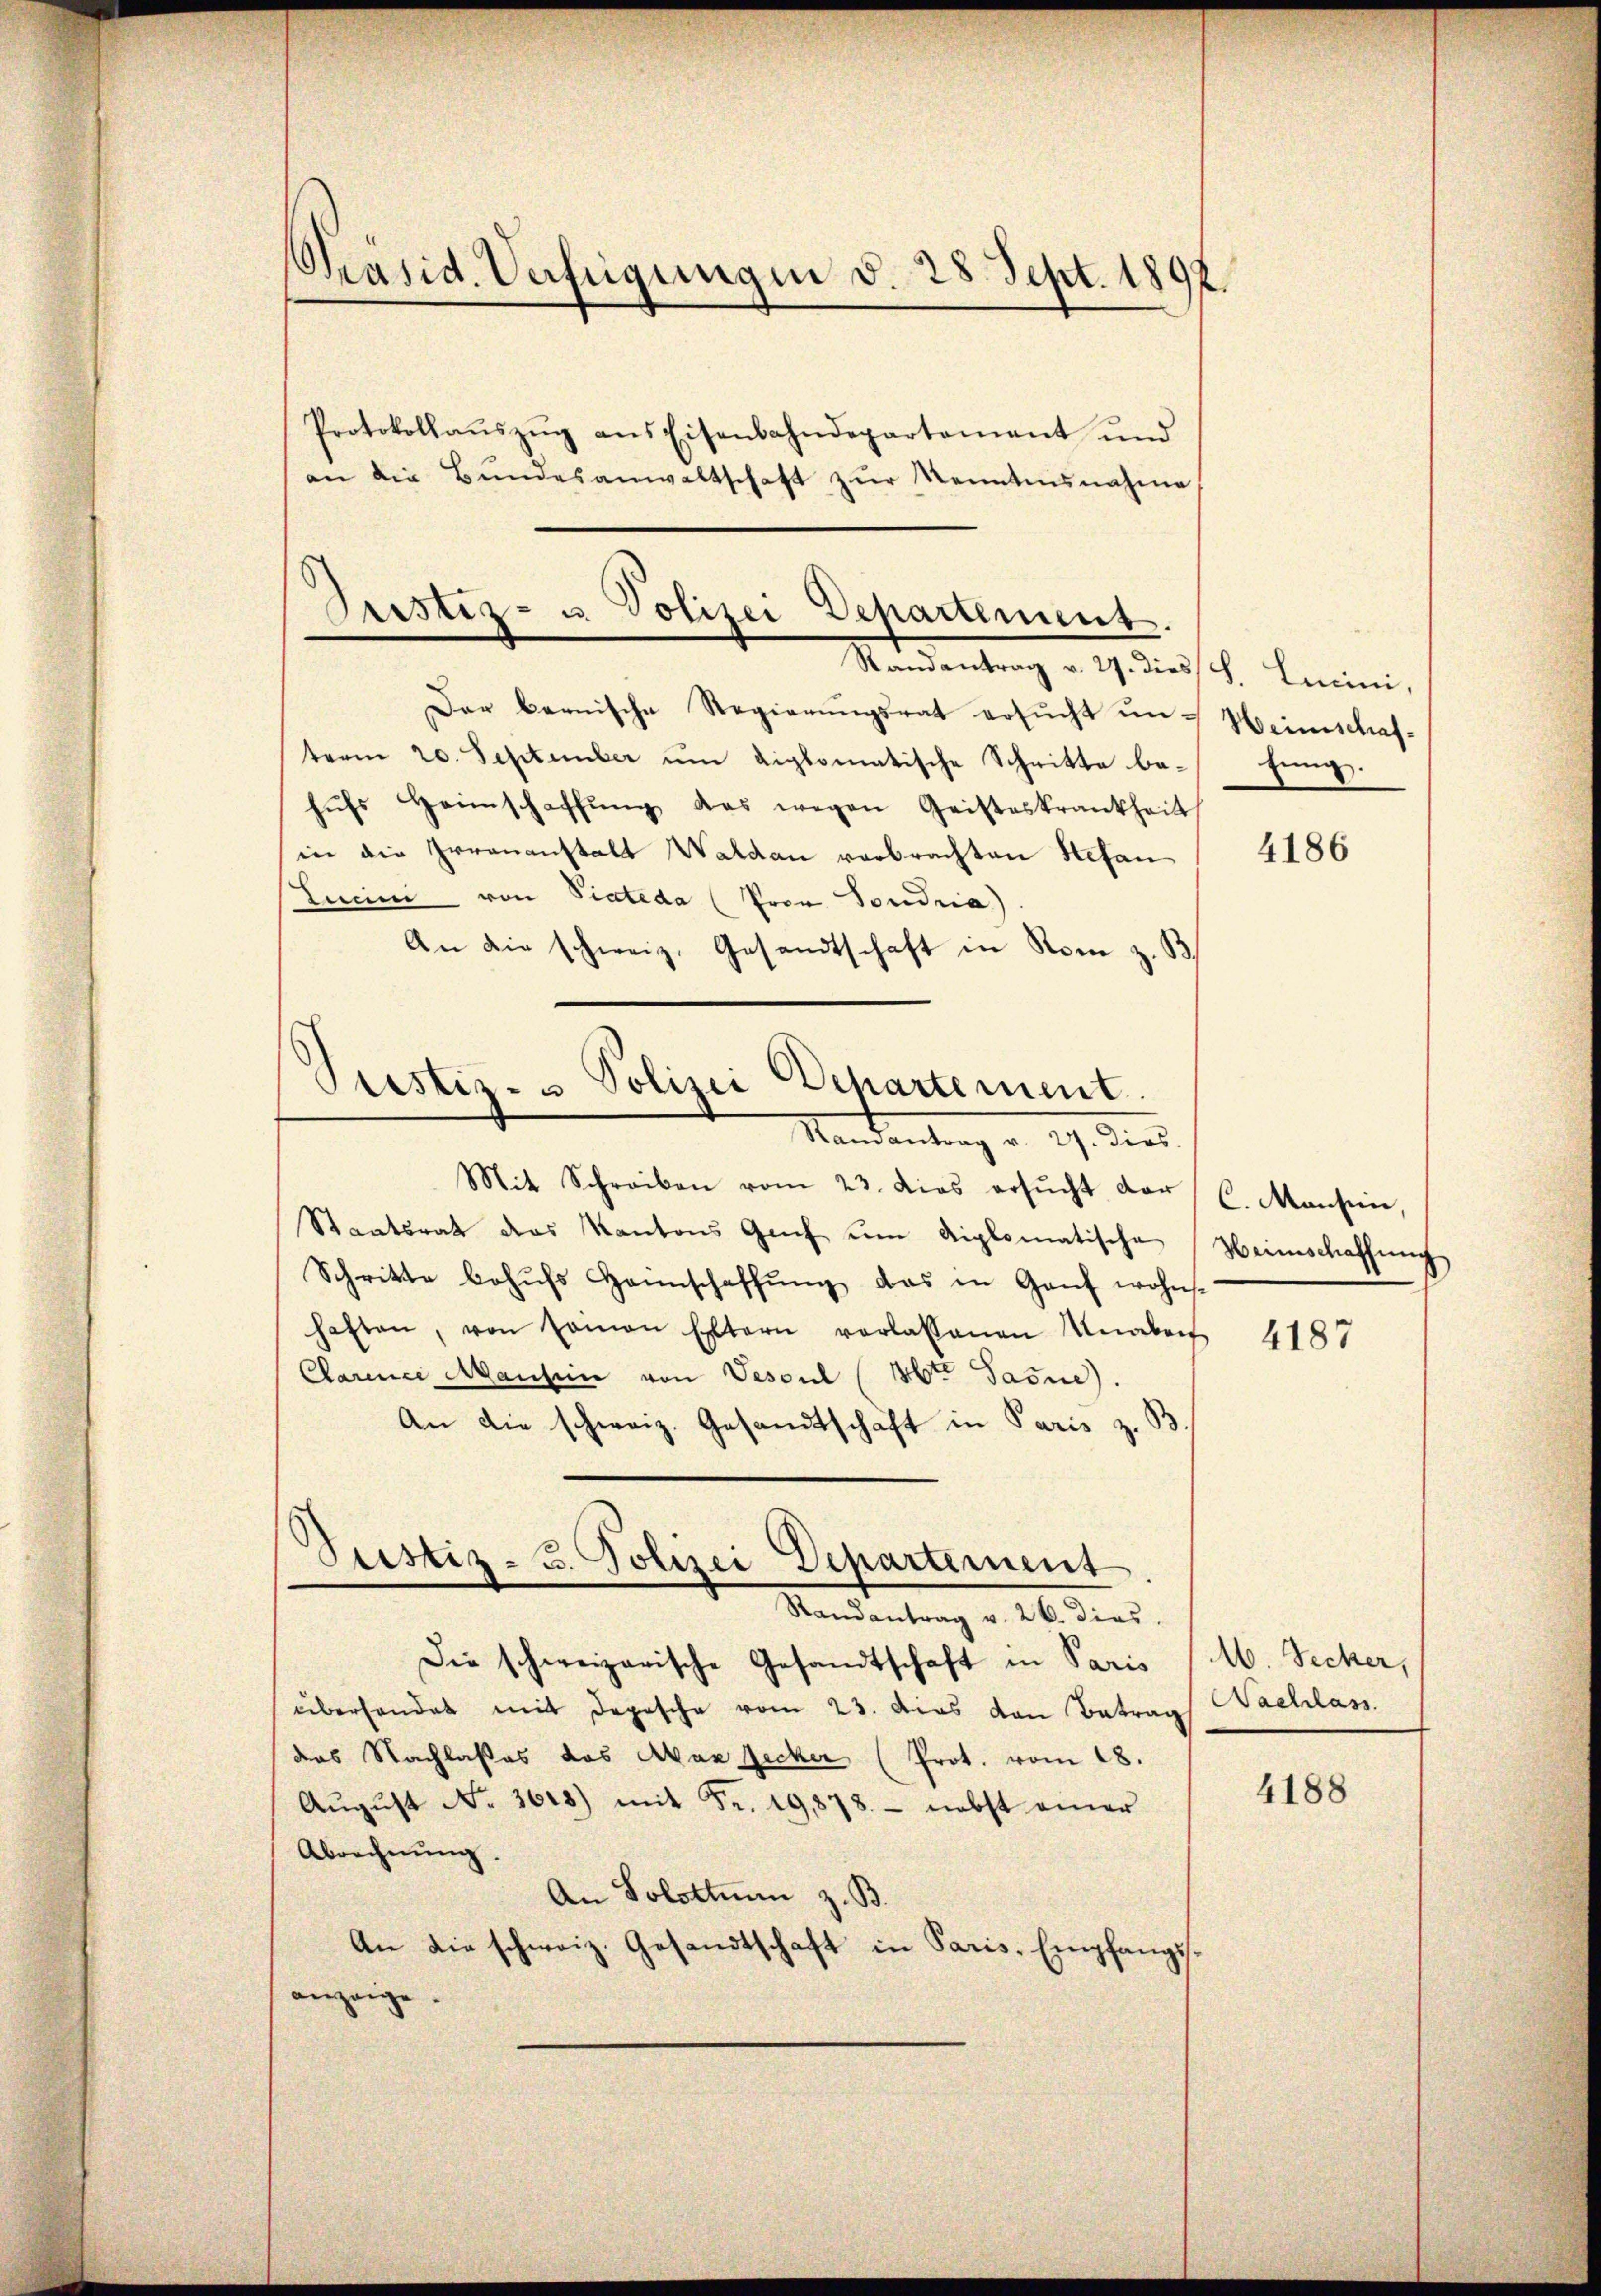
Präsid. Verfügungen d. 28. Sept. 1892.

Protokollaŭszŭg ans Eisenbahndepartement und
an die Bŭndesanwaltschaft zŭr Kenntnisnahme

Pristiz- u. Polizei Departement.
Randantrag v. 27. dies

Dar bernische Regierŭngsrat ersŭcht un-
term 20. September um diplomatische Schritte be-
hŭfs Heimschaffŭng das wegen Geisteskrankheit
in die Irrenanstalt Waldau verbrachten Stefan
Lunni von Piateda (Pron Toudria
An die schweiz. Gesandtschaft in Rom z. B
Mandantrag v. 19. dies
Mit Schreiben vom 23. dies ersŭcht dar
Staatsrath des Kantons Genf um diplomatische
Schritte behŭfs Hannschaffŭng das in Ganz wohns-
haften, von seinen Eltern verlassenen Knaben
Clariner Manten von Vescul (Abte Jasne).
An die schweiz. Gesandtschaft in Paris z. B.
Justiz- B. Polizei Departement
Randantrag v. 26. dies
Die schweizerische Gesandtschaft in Paris
überhandet mit Depesche vom 23. Das von Betrag
das Nachlasses das Akan Zicker (Prot. vom 18.
Aŭgŭst No. 3618) mit Fr. 19,878. - nebst einer
Abrechnŭng.
An Solottin z. B.
An die schweiz. Gesandtschaft in Paris, Empfangsanzaige.

Prestiz- & Polizei Departement.

S. Lucini,
Weinschaf¬
Eung.

4186

C. Mansinn,
Heimschaffung

4187

M. Secker,
Nachlass

4188